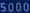
Sodán